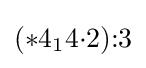
(*4_{1}4{\cdot }2){:}3